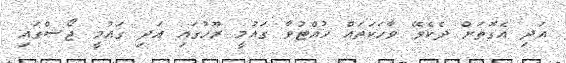
އަދި އެގޮތަށް ދެކެވޭ ވާހަކަތައް ހުއްޓުވާ ގައުމީ ރޫހުގައި އަދި ގައުމީ ޖޯޝްގައި